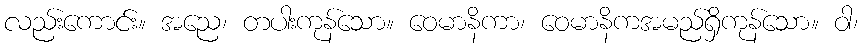
လည်းကောင်း။ အညေ၊ တပါးကုန်သော။ ဝေမာနိကာ၊ ဝေမာနိကအမည်ရှိကုန်သော။ ဝါ၊